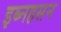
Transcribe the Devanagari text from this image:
इब्नहसन